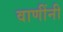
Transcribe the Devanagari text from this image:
वाणींनी